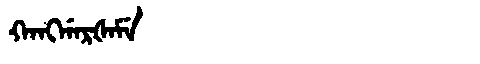
Manchu: ᡴᠠᠩᡤᠠᡵᡧᠠᠮᡝ
Romanization: KANGGARŠAME